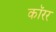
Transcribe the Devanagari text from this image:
कॉरर